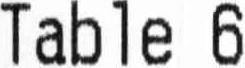
TABLE 6